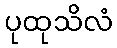
ပုထုသိလံ